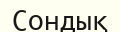
Сондық